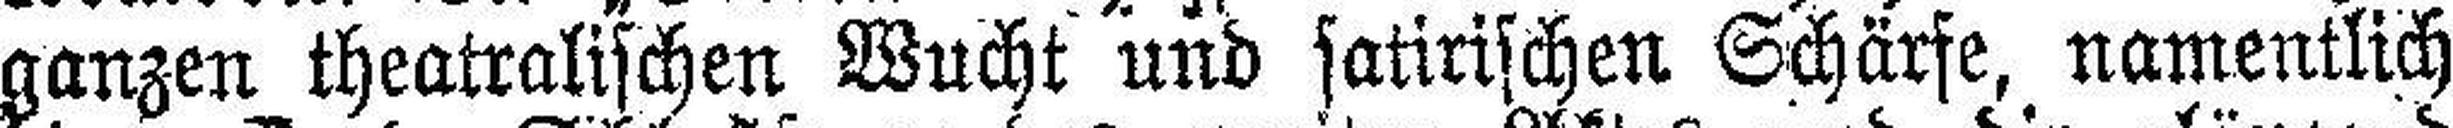
ganzen theatralischen Wucht und satirischen Schärfe, namentlich